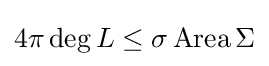
4\pi \operatorname {deg} L\leq \sigma \operatorname {Area} \Sigma